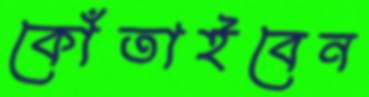
কোঁতাইবেন